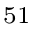
^ { 5 1 }